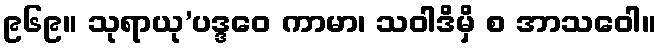
၉၆၉။ သုရာယု’ပဒ္ဒဝေ ကာမာ၊ သဝါဒိမှိ စ အာသဝေါ။